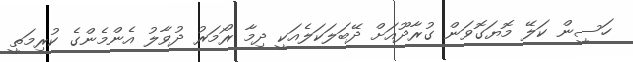
ހަސީން ކަލޭ މޮޔަގޮވަން ގުރާދޫއަށް ދޭބަލަކަލެއަކީ ދިމާ ރޯމަރު ދުވާލު އެންމެންގެ ކުރިމަތީ